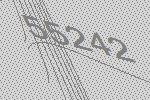
55242